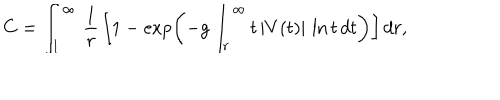
LaTeX: C = \int _ { 1 } ^ { \infty } \, { \frac { 1 } { r } } \, \biggl [ 1 - \exp \biggl ( - g \int _ { r } ^ { \infty } t \, | V ( t ) | \, \ln t \, d t \biggr ) \biggr ] \, d r ,